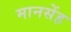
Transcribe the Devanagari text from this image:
मानसेंह